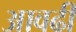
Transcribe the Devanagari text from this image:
आवढी